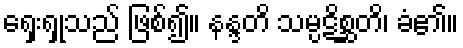
ရှေးရှုသည် ဖြစ်၍။ နန္ဒတိ သမ္ပဋိစ္ဆတိ၊ ခံ၏။